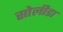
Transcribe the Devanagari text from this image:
सोलीडा